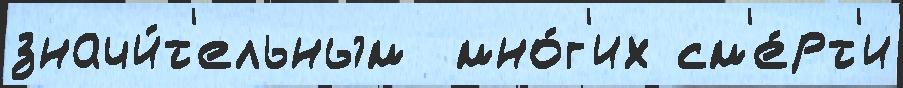
значи́т'ельным  мно́г'их см'е́рт'и